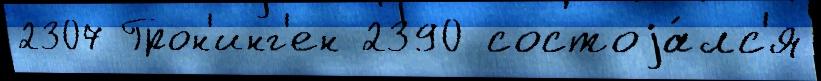
2307 Грон'инг'ен 2390 состоjа́лс'я